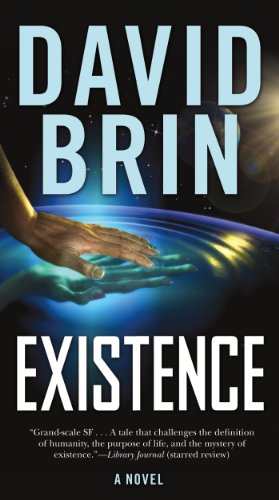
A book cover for Existence; David Brin; Science Fiction & Fantasy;